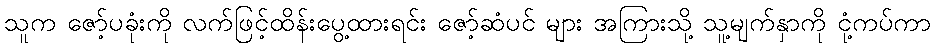
သူက ဇော့်ပခုံးကို လက်ဖြင့်ထိန်းပွေ့ထားရင်း ဇော့်ဆံပင် များ အကြားသို့ သူ့မျက်နှာကို ငုံ့ကပ်ကာ